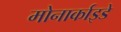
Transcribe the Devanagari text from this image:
मोनार्काइडे